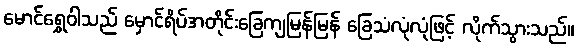
မောင်ရွှေဝါသည် မှောင်ရိပ်အတိုင်းခြေကျမြန်မြန် ခြေသံလုံလုံဖြင့် လိုက်သွားသည်။